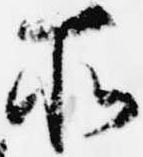
所